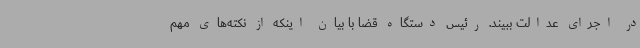
در اجرای عدالت ببیند. رئیس دستگاه قضا با بیان اینکه از نکته‌های مهم